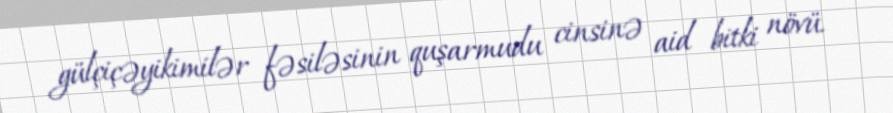
gülçiçəyikimilər fəsiləsinin quşarmudu cinsinə aid bitki növü.